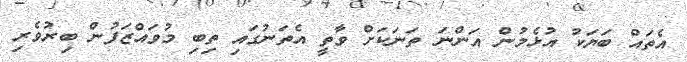
އެތައް ބަޔަކު އުޅެމުން އަންނަ ތަަނަކަށް ވާތީ އެތަނުގައި ތިބި މުވައްޒަފުން ބިރުވެރި